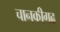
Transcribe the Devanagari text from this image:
चानकीगढ